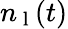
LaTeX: n_{\mathrm{~l~}}(t)